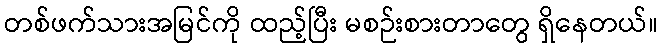
တစ်ဖက်သားအမြင်ကို ထည့်ပြီး မစဉ်းစားတာတွေ ရှိနေတယ်။